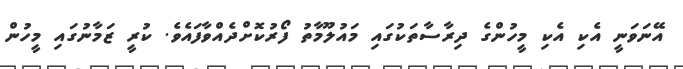
އޭނަވަނީ އެކި އެކި މީހުންގެ ދިރާސާތަކުގައި މައުލޫމާތު ފޯރުކޮށްދެއްވާފައެވެ. ކުރީ ޒަމާނުގައި މީހުން